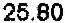
25.80